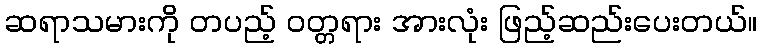
ဆရာသမားကို တပည့် ဝတ္တရား အားလုံး ဖြည့်ဆည်းပေးတယ်။